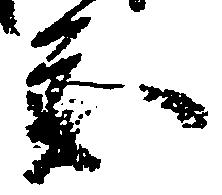
参